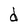
Character: d